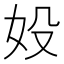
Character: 𡚾